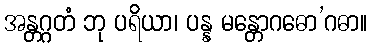
အန္တဂ္ဂတံ ဘု ပရိယာ၊ ပန္န မန္တောဂဓော’ဂဓာ။